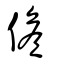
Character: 儋